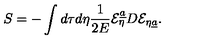
S = - \int d \tau d \eta { \frac { 1 } { 2 E } } { \cal E } _ { \eta } ^ { \underline { a } } D { \cal E } _ { \eta \underline { a } } .